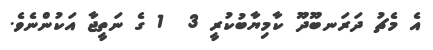
އެ މެޗު ދަރަނބޫދޫ ކާމިޔާބުކުރީ 3  1 ގެ ނަތީޖާ އަކުންނެވެ.